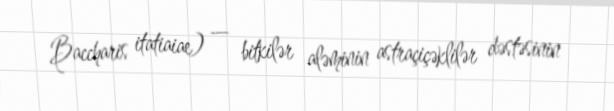
Baccharis itatiaiae) — bitkilər aləminin astraçiçəklilər dəstəsinin